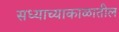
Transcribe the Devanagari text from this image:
सध्याच्याकाळातील